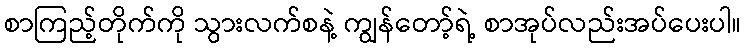
စာကြည့်တိုက်ကို သွားလက်စနဲ့ ကျွန်တော့်ရဲ့ စာအုပ်လည်းအပ်ပေးပါ။